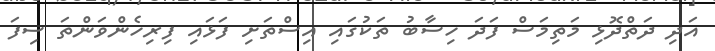
އަދި ދަތްދޮޅި މަތިމަސް ފަދަ ހިސާބު ތަކުގައި އިސްތަށި ފަޅައި ފިރިހެންވަންތަ ސިފަ